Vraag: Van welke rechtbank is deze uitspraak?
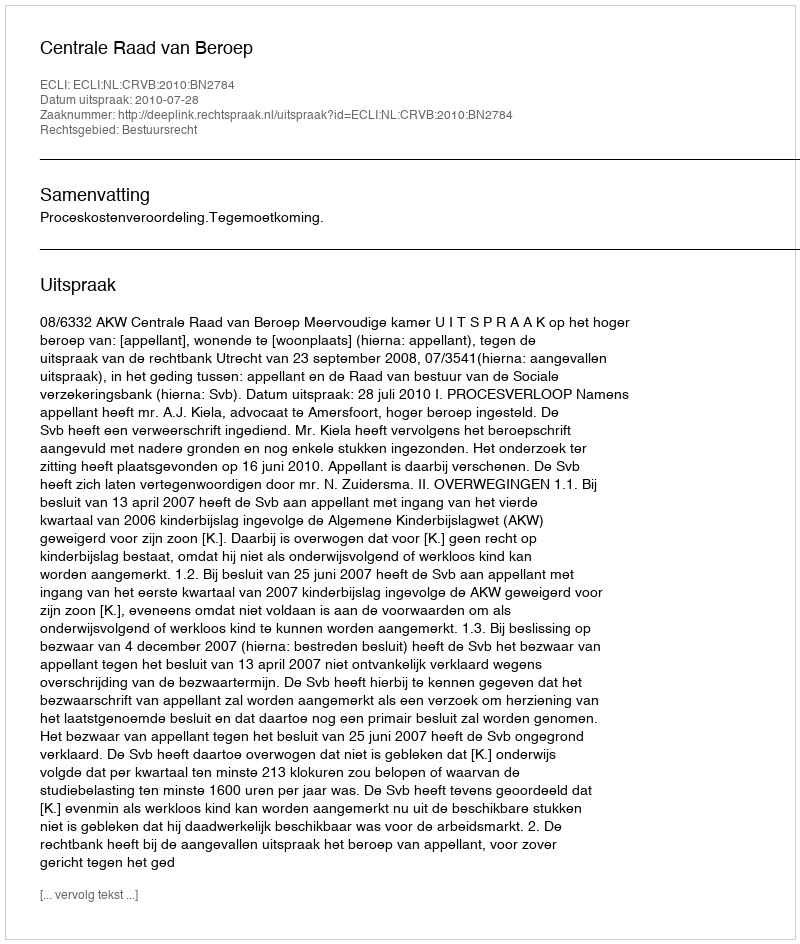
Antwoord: Centrale Raad van Beroep